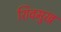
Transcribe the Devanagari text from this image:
शिवमुख